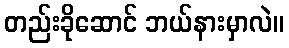
တည်းခိုဆောင် ဘယ်နားမှာလဲ။